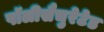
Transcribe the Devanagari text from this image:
पॉलीसैचुरेटेड